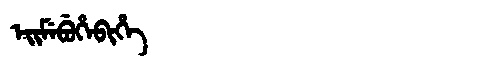
Manchu: ᡝᡳᠮᡝᠪᡠᡥᡝᠪᡳᡥᡝ
Romanization: EIMEBUHEBIHE